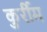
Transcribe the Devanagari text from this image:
कुर्रीम